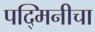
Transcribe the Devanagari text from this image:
पद्मिनीचा